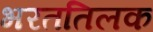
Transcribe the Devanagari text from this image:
भरततिलक